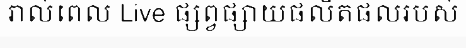
រាល់ពេល Live ផ្សព្វផ្សាយផលិតផលរបស់